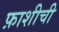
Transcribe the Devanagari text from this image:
फ़ाशीची